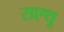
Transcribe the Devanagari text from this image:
राएथू